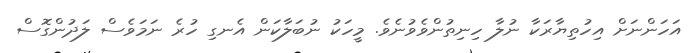
އަހަންނަށް އިހުތިޔާރަކާ ނުލާ ހިނިތުންވެވުނެވެ. މީހަކު ނުބަލާކަން އެނގި ހުރެ ނަމަވެސް ލަދުންގޮސް